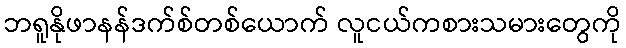
ဘရူနိုဖာနန်ဒက်စ်တစ်ယောက် လူငယ်ကစားသမားတွေကို